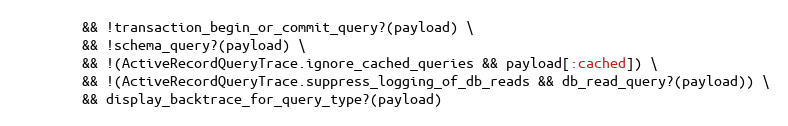
Language: Ruby
        && !transaction_begin_or_commit_query?(payload) \
        && !schema_query?(payload) \
        && !(ActiveRecordQueryTrace.ignore_cached_queries && payload[:cached]) \
        && !(ActiveRecordQueryTrace.suppress_logging_of_db_reads && db_read_query?(payload)) \
        && display_backtrace_for_query_type?(payload)